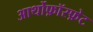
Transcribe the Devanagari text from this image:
आर्थोफ़ॉस्फ़ेट